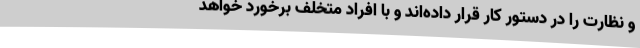
و نظارت را در دستور کار قرار داده‌اند و با افراد متخلف برخورد خواهد